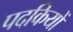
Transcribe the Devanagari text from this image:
पदकियों